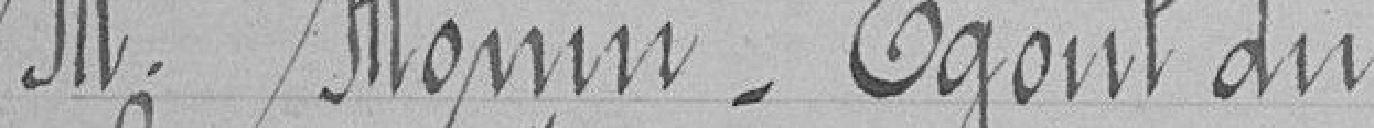
M. Monon - Égout du